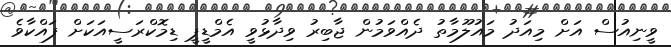
ވީނިއުސް އަށް މިއަދު މައުލޫމާތު ދެއްވަމުން ޖާބިރު ވިދާޅުވީ އެމްޑީޕީ ޑިމޮކްރަސީއަކަށް ފައްކާވެ